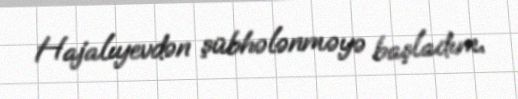
Hajalıyevdən şübhələnməyə başladım.